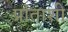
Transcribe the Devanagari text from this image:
प्रांताशी